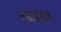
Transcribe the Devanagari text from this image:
तळमळच